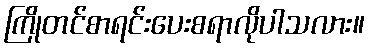
ကြိုတင်စာရင်းပေးစရာလိုပါသလား။